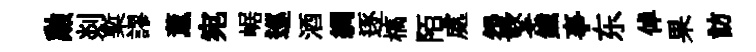
勲剡槧謬薰宛崌巡酒綢逐槁陌處盌擎鐵亊东倬果訪